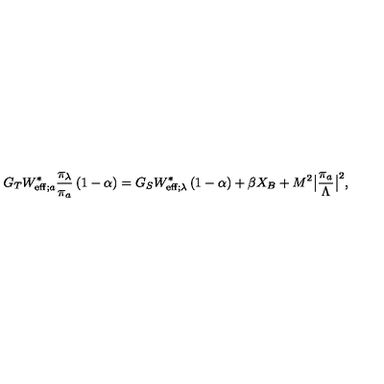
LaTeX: G _ { T } W _ { \mathrm { e f f } ; a } ^ { \ast } \frac { \pi _ { \lambda } } { \pi _ { a } } \left( 1 - \alpha \right) = G _ { S } W _ { \mathrm { e f f } ; \lambda } ^ { \ast } \left( 1 - \alpha \right) + \beta X _ { B } + M ^ { 2 } \big | \frac { \pi _ { a } } { \Lambda } \big | ^ { 2 } ,